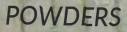
POWDERS